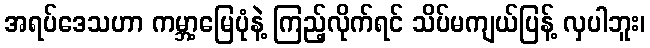
အရပ်ဒေသဟာ ကမ္ဘာ့မြေပုံနဲ့ ကြည့်လိုက်ရင် သိပ်မကျယ်ပြန့် လှပါဘူး၊